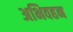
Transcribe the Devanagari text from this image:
अभिवहन